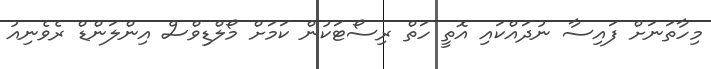
މިހާތަނަށް ފައިސާ ނުދައްކައި އޮތީ ހަތް ރިސޯޓަކުން ކަމަށް މޯލްޑިވްސް އިންލަންޑް ރެވެނިއު